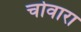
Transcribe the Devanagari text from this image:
चोवारा